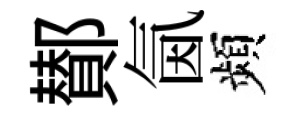
鄼氤頻